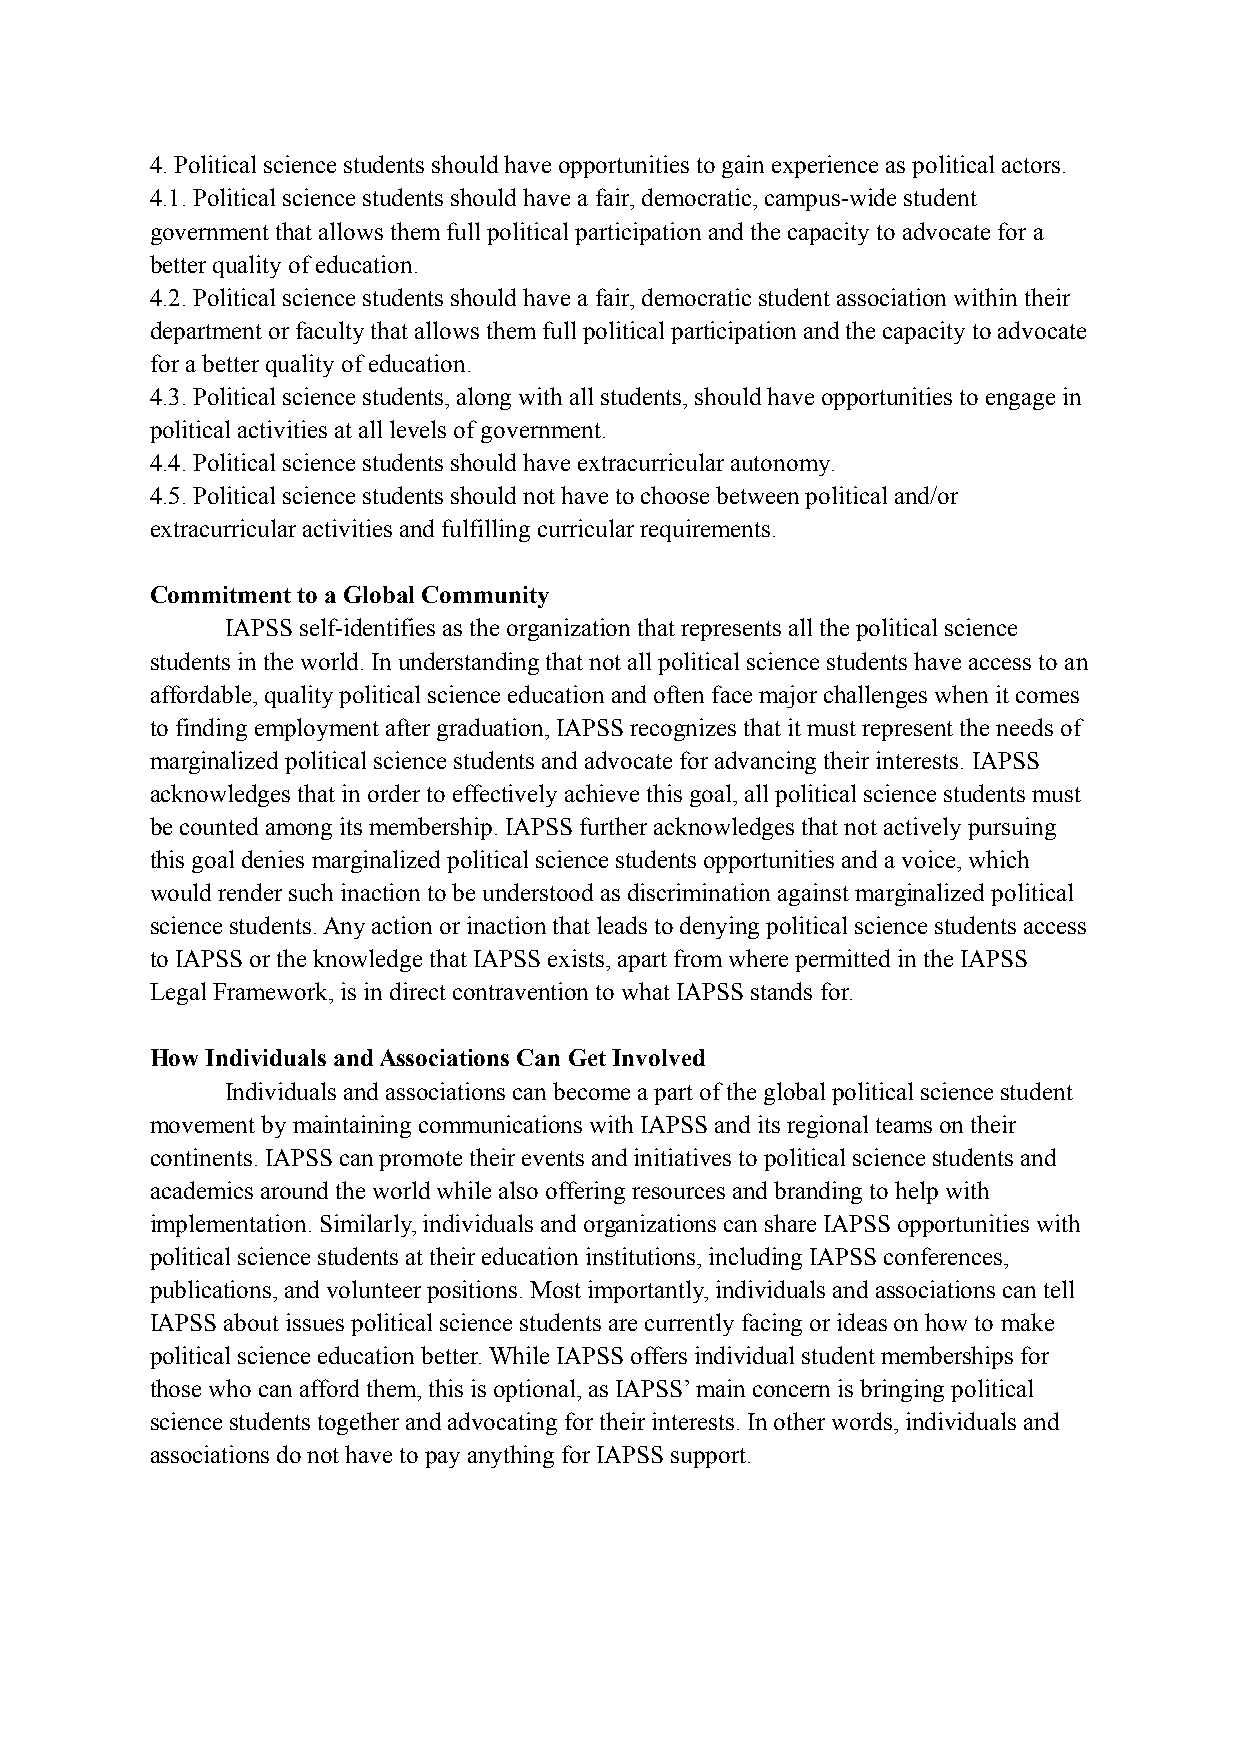
4. Political science students should have opportunities to gain experience as political actors.
 4.1. Political science students should have a fair, democratic, campus-wide student
 government that allows them full political participation and the capacity to advocate for a
 better quality of education.
 4.2. Political science students should have a fair, democratic student association within their
 department or faculty that allows them full political participation and the capacity to advocate
 for a better quality of education.
 4.3. Political science students, along with all students, should have opportunities to engage in
 political activities at all levels of government.
 4.4. Political science students should have extracurricular autonomy.
 4.5. Political science students should not have to choose between political and/or
 extracurricular activities and fulfilling curricular requirements.
 Commitment to a Global Community
 IAPSS self-identifies as the organization that represents all the political science
 students in the world. In understanding that not all political science students have access to an
 affordable, quality political science education and often face major challenges when it comes
 to finding employment after graduation, IAPSS recognizes that it must represent the needs of
 marginalized political science students and advocate for advancing their interests. IAPSS
 acknowledges that in order to effectively achieve this goal, all political science students must
 be counted among its membership. IAPSS further acknowledges that not actively pursuing
 this goal denies marginalized political science students opportunities and a voice, which
 would render such inaction to be understood as discrimination against marginalized political
 science students. Any action or inaction that leads to denying political science students access
 to IAPSS or the knowledge that IAPSS exists, apart from where permitted in the IAPSS
 Legal Framework, is in direct contravention to what IAPSS stands for.
 How Individuals and Associations Can Get Involved
 Individuals and associations can become a part of the global political science student
 movement by maintaining communications with IAPSS and its regional teams on their
 continents. IAPSS can promote their events and initiatives to political science students and
 academics around the world while also offering resources and branding to help with
 implementation. Similarly, individuals and organizations can share IAPSS opportunities with
 political science students at their education institutions, including IAPSS conferences,
 publications, and volunteer positions. Most importantly, individuals and associations can tell
 IAPSS about issues political science students are currently facing or ideas on how to make
 political science education better. While IAPSS offers individual student memberships for
 those who can afford them, this is optional, as IAPSS’ main concern is bringing political
 science students together and advocating for their interests. In other words, individuals and
 associations do not have to pay anything for IAPSS support.